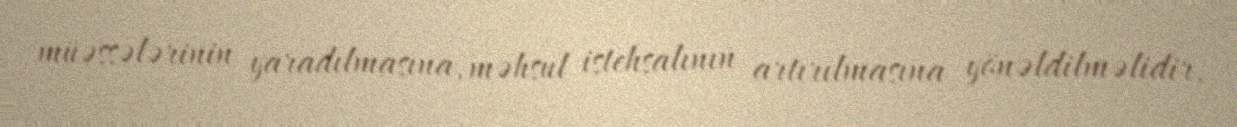
müəssələrinin yaradılmasına, məhsul istehsalının artırılmasına yönəldilməlidir.